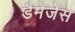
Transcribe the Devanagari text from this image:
डैमेजेस